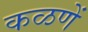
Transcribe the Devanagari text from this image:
कळणें